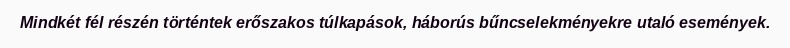
Mindkét fél részén történtek erőszakos túlkapások, háborús bűncselekményekre utaló események.